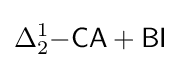
\Delta _{2}^{1}{\mathsf {-CA+BI}}